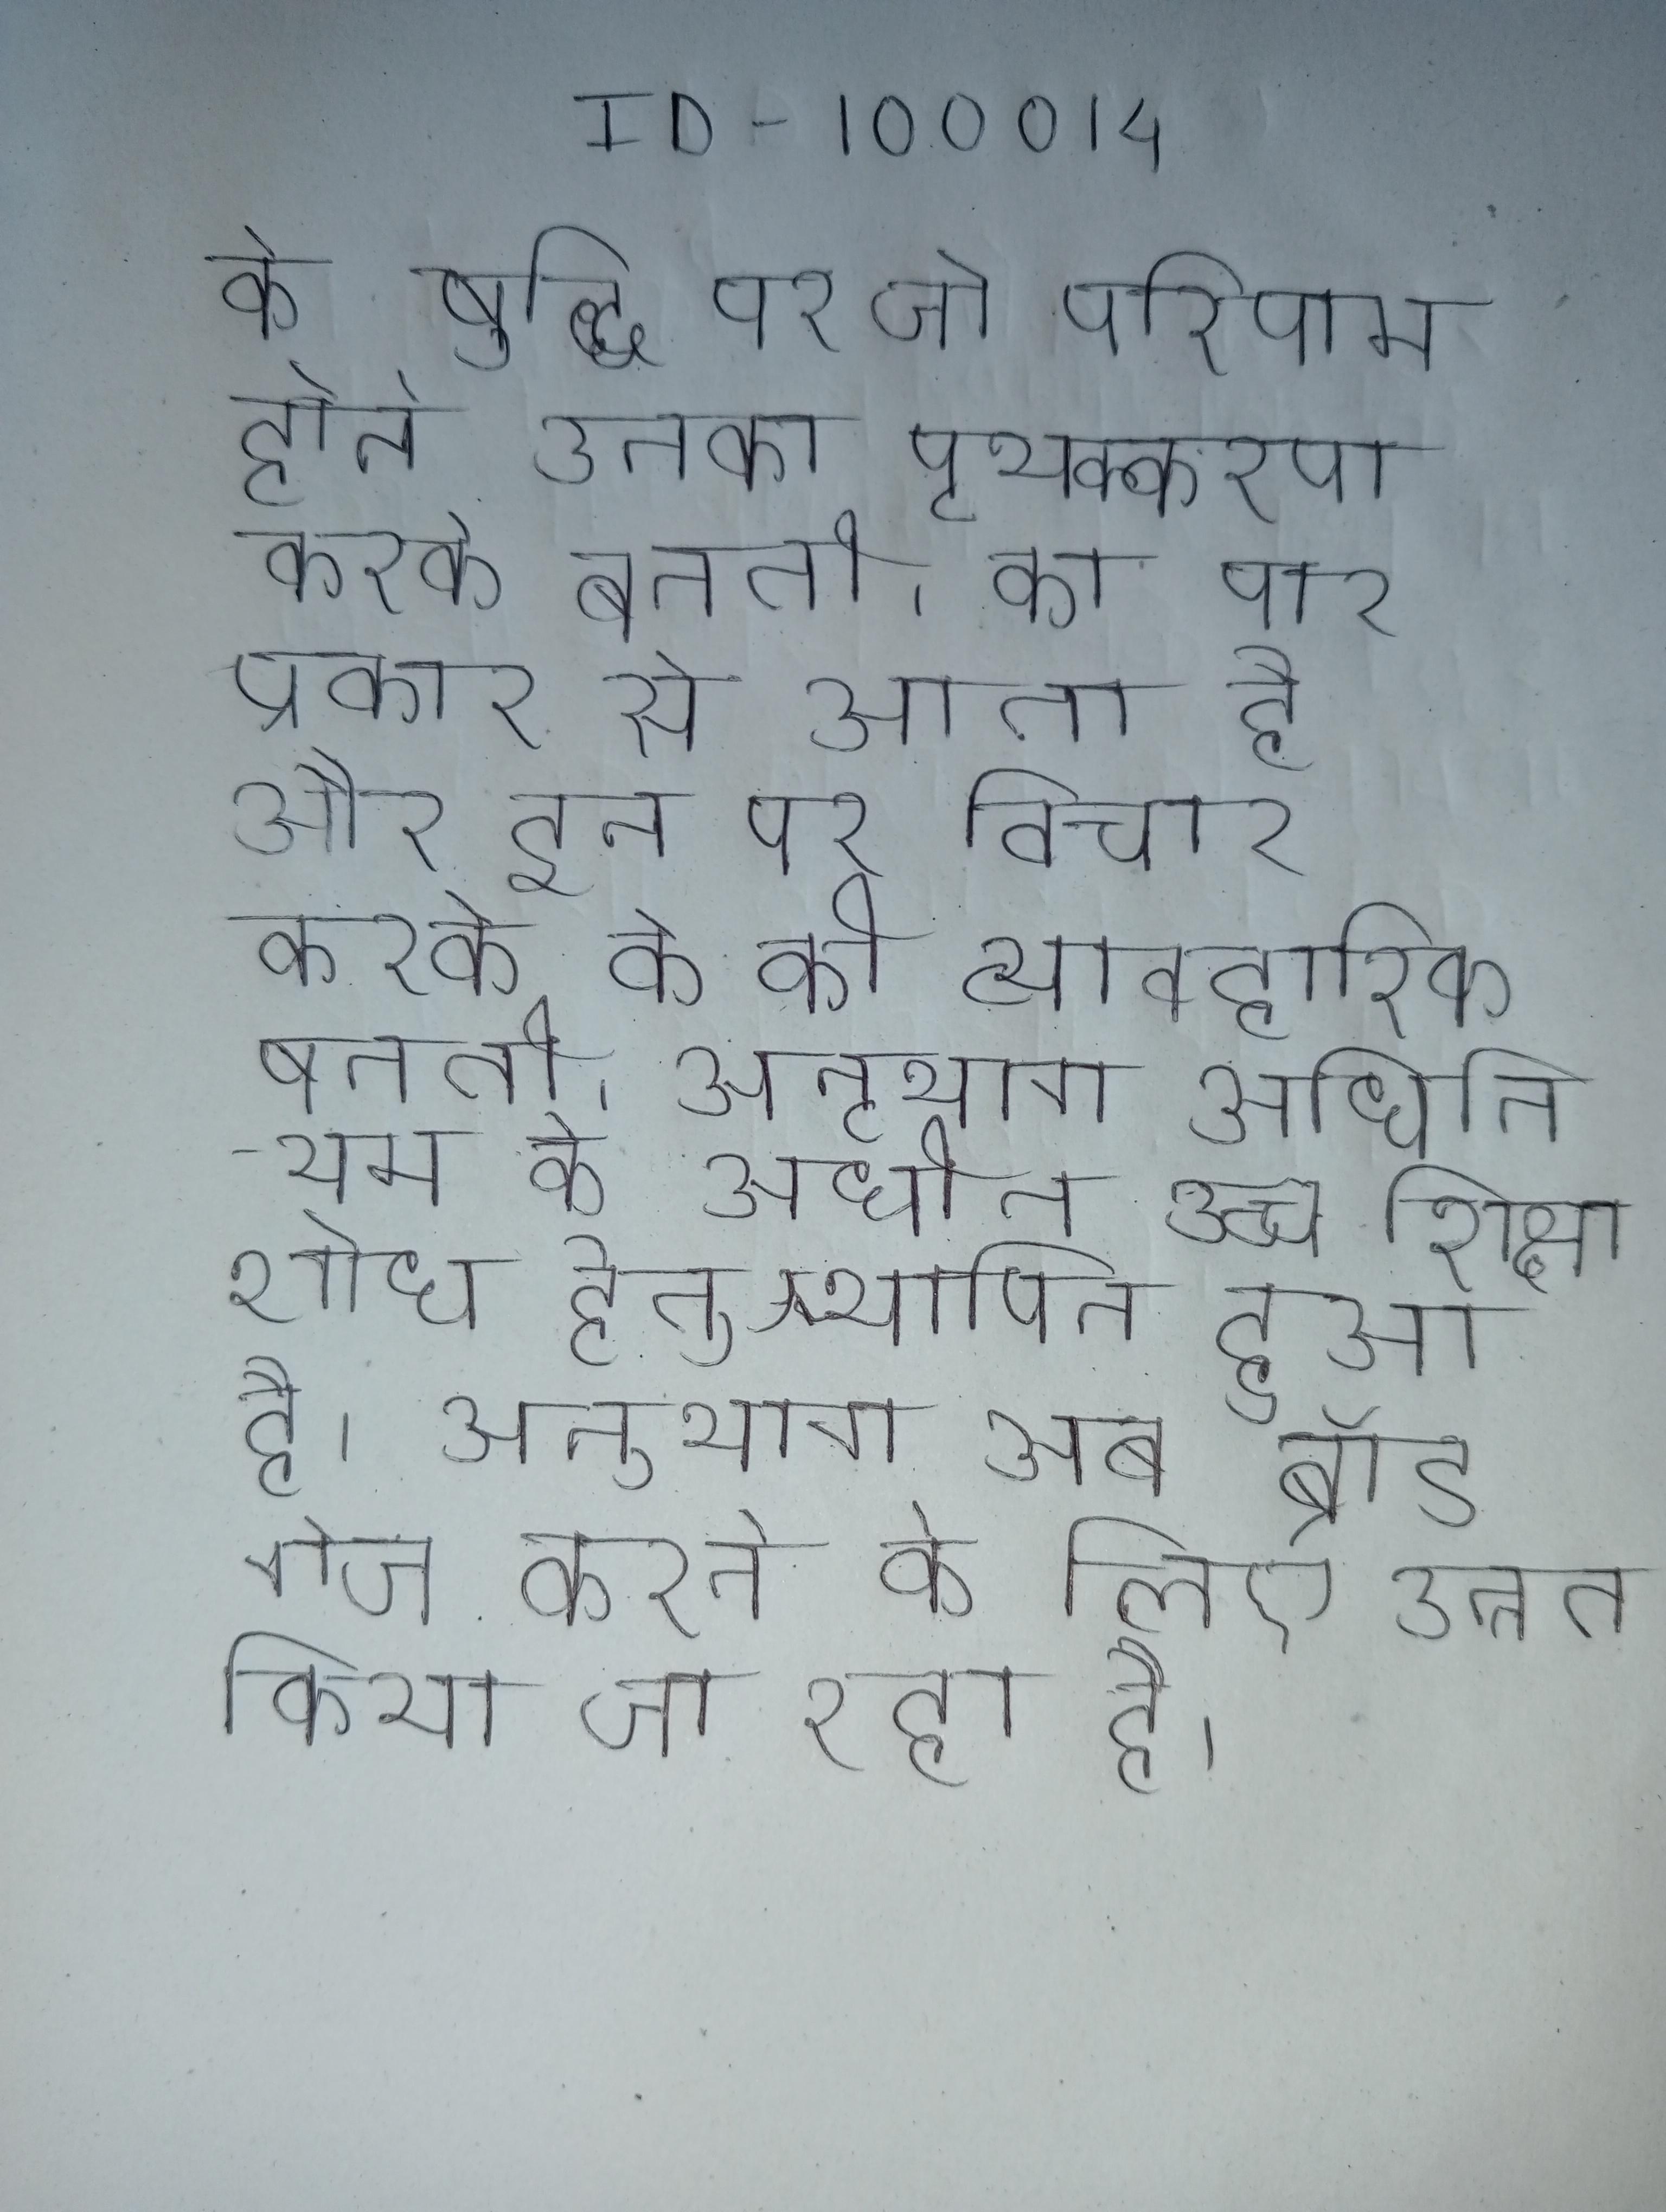
के बुद्धि पर जो परिणाम होते उनका पृथक्करण करके बनती । का चार प्रकार से आता है और इन पर विचार करके के की व्यावहारिक बनती । अनुभाग अधिनियम के अधीन उच्च शिक्षा शोध हेतु स्थापित हुआ है । अनुभाग अब ब्रॉड गेज करने के लिए उन्नत किया जा रहा है ।